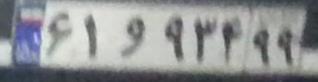
۶۱و۹۳۴۹۹